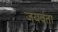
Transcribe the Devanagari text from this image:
जयवंता